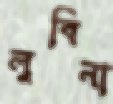
লুবিনা